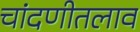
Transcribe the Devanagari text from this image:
चांदणीतलाव